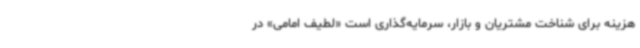
هزینه برای شناخت مشتریان و بازار، سرمایه‌گذاری است «لطیف امامی» در